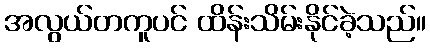
အလွယ်တကူပင် ထိန်းသိမ်းနိုင်ခဲ့သည်။